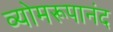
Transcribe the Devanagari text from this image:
व्योमरूपानंद